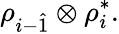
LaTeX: \rho_{i-\hat{1}}\otimes\rho_{i}^{\ast}.